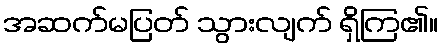
အဆက်မပြတ် သွားလျက် ရှိကြ၏။